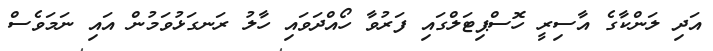
އަދި ލަންކާގެ އާސިރީ ހޮސްޕިޓަލްގައި ފަރުވާ ހޯއްދަވައި ހާލު ރަނގަޅުވަމުން އައި ނަމަވެސް